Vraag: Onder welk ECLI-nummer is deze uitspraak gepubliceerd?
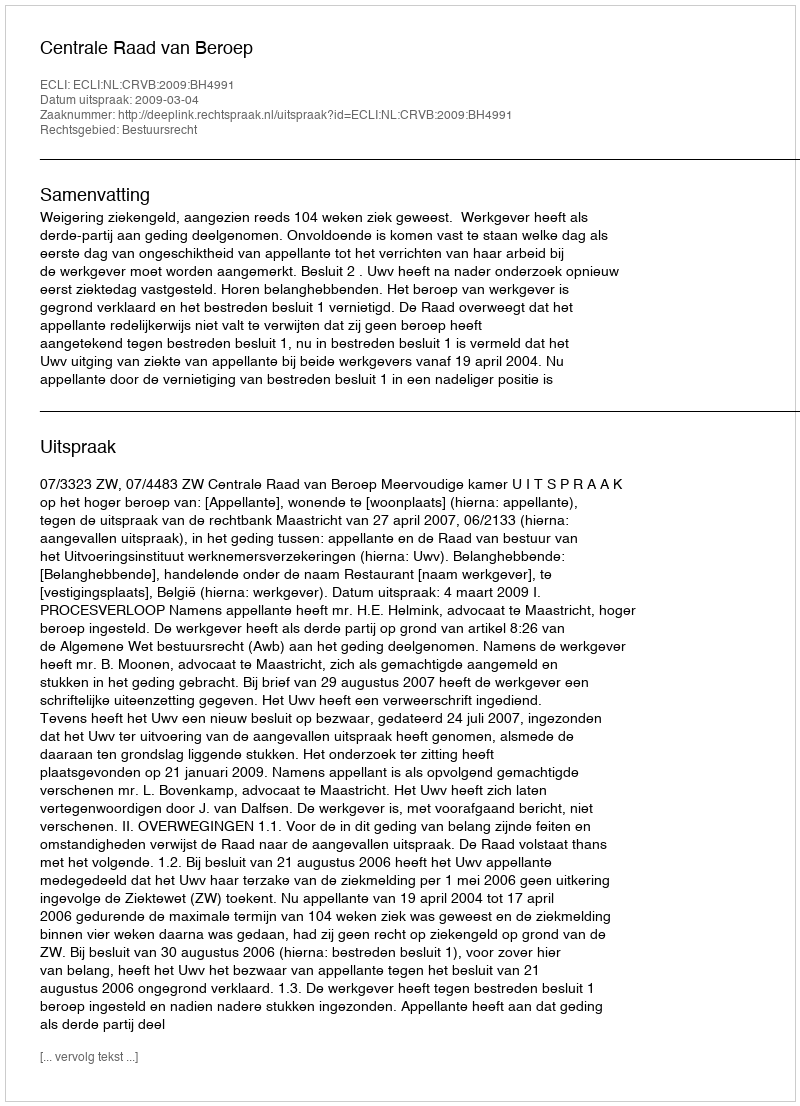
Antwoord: ECLI:NL:CRVB:2009:BH4991